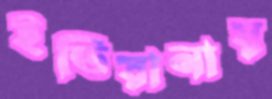
ইন্ডিয়ানায়